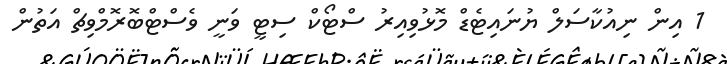
1 އިން ނިއުކާސަލް ޔުނައިޓެޑް މޮޅުވިއިރު ސްޓޯކް ސިޓީ ވަނީ ވެސްޓްބޮރޮމްވިޗް އަތުން